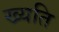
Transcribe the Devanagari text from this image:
ख्यति